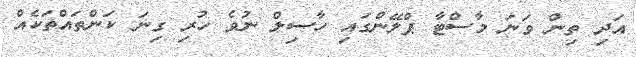
އަދި ތިން ވަނަ މާސްޓާ ޕްލޭންގައި ހާސިލް ނުވެ ހުރި ގިނަ ކަންތައްތަކެއް